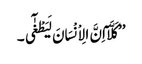
’’کَلَّآ اِنَّ الِاْنْسَانَ لَیَطْغٰٓی ۔